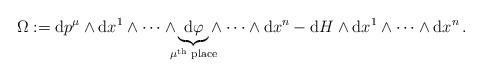
LaTeX: \begin{align*} \Omega:= \mbox{\rm d} p^\mu \wedge \mbox{\rm d} x^1 \wedge \cdots \underset{{\mu^{\textrm{th}}{\textrm{ place}}}}{\wedge \underbrace{ \mbox{\rm d} \varphi } \wedge}\cdots \wedge \mbox{\rm d} x^n - \mbox{\rm d} H \wedge \mbox{\rm d} x^1 \wedge \cdots \wedge \mbox{\rm d} x^n\, .\end{align*}